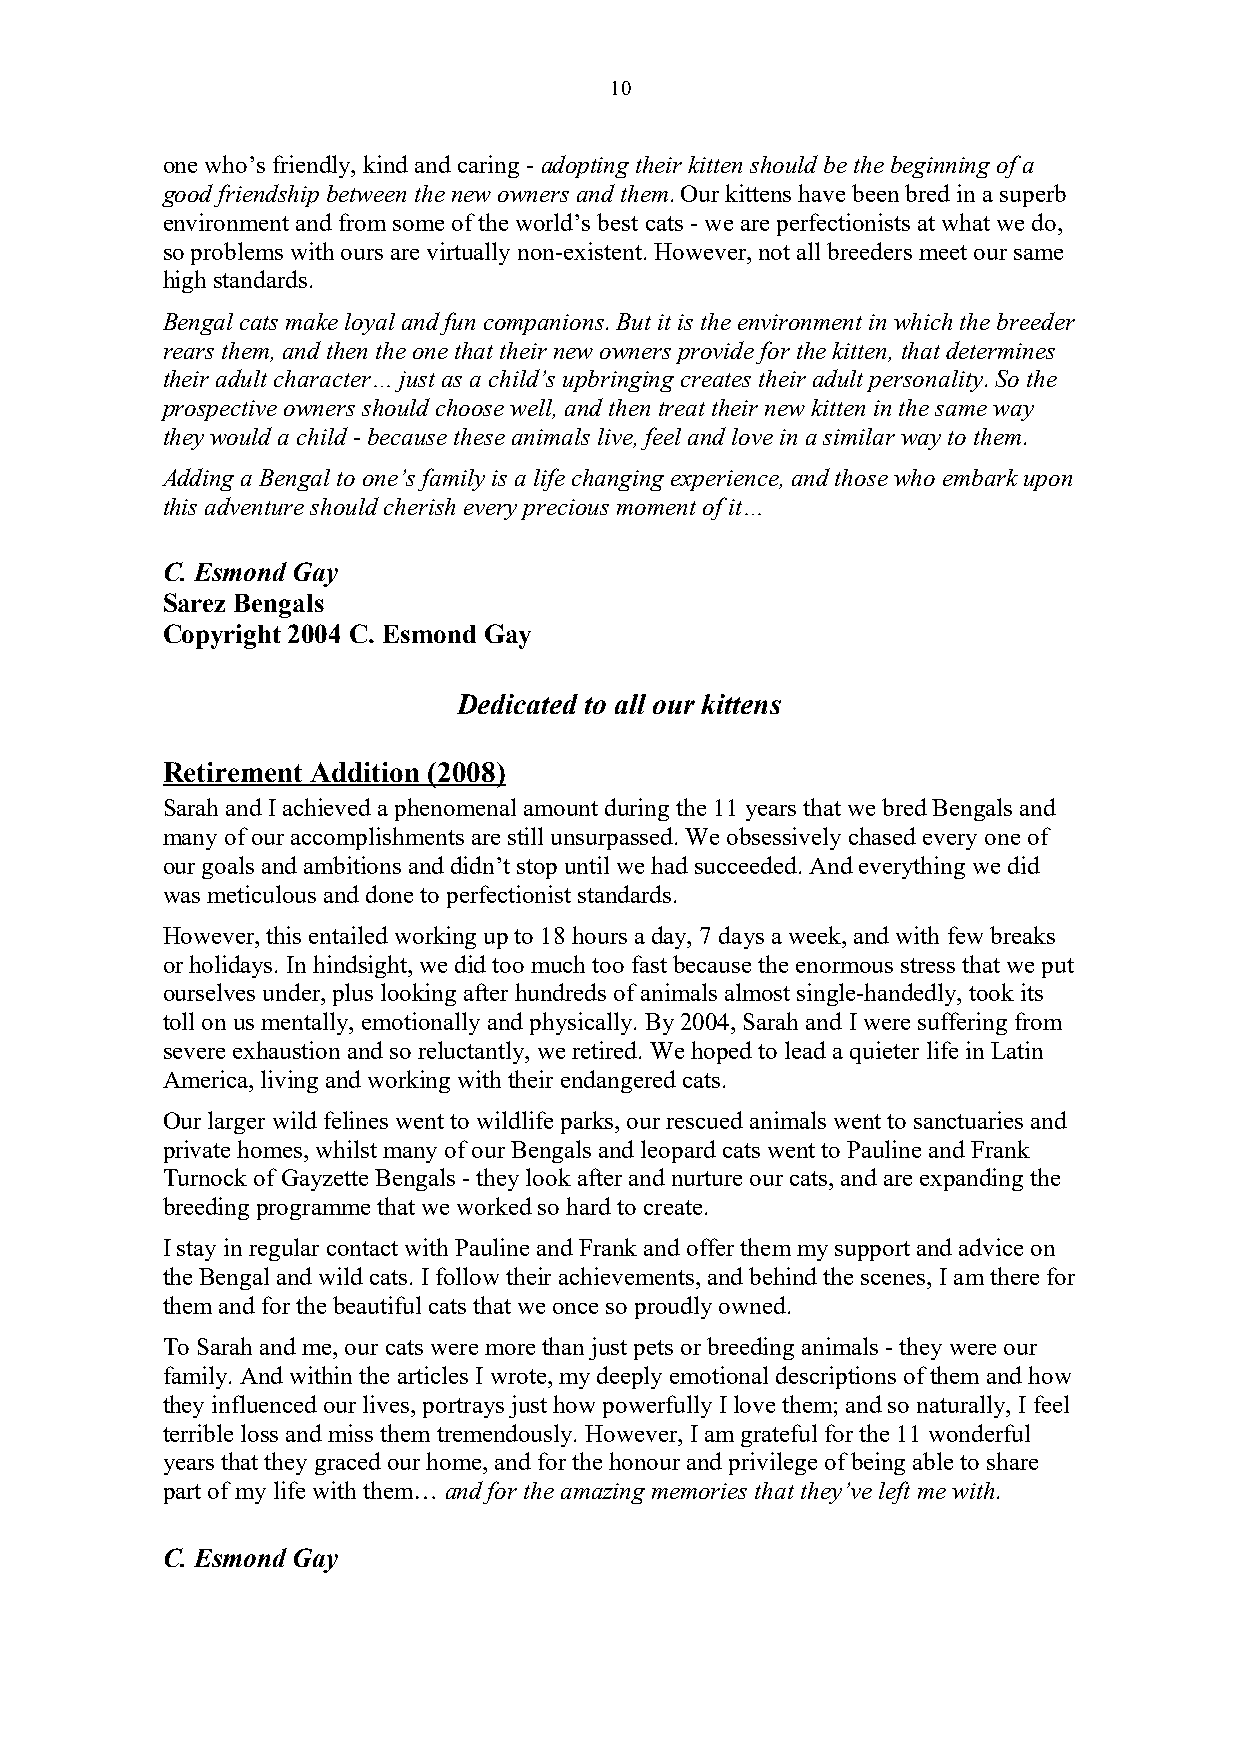
10
 one who’s friendly, kind and caring - adopting their kitten should be the beginning of a
 good friendship between the new owners and them. Our kittens have been bred in a superb
 environment and from some of the world’s best cats - we are perfectionists at what we do,
 so problems with ours are virtually non-existent. However, not all breeders meet our same
 high standards.
 Bengal cats make loyal and fun companions. But it is the environment in which the breeder
 rears them, and then the one that their new owners provide for the kitten, that determines
 their adult character… just as a child’s upbringing creates their adult personality. So the
 prospective owners should choose well, and then treat their new kitten in the same way
 they would a child - because these animals live, feel and love in a similar way to them.
 Adding a Bengal to one’s family is a life changing experience, and those who embark upon
 this adventure should cherish every precious moment of it…
 C. Esmond Gay
 Sarez Bengals
 Copyright 2004 C. Esmond Gay
 Dedicated to all our kittens
 Retirement Addition (2008)
 Sarah and I achieved a phenomenal amount during the 11 years that we bred Bengals and
 many of our accomplishments are still unsurpassed. We obsessively chased every one of
 our goals and ambitions and didn’t stop until we had succeeded. And everything we did
 was meticulous and done to perfectionist standards.
 However, this entailed working up to 18 hours a day, 7 days a week, and with few breaks
 or holidays. In hindsight, we did too much too fast because the enormous stress that we put
 ourselves under, plus looking after hundreds of animals almost single-handedly, took its
 toll on us mentally, emotionally and physically. By 2004, Sarah and I were suffering from
 severe exhaustion and so reluctantly, we retired. We hoped to lead a quieter life in Latin
 America, living and working with their endangered cats.
 Our larger wild felines went to wildlife parks, our rescued animals went to sanctuaries and
 private homes, whilst many of our Bengals and leopard cats went to Pauline and Frank
 Turnock of Gayzette Bengals - they look after and nurture our cats, and are expanding the
 breeding programme that we worked so hard to create.
 I stay in regular contact with Pauline and Frank and offer them my support and advice on
 the Bengal and wild cats. I follow their achievements, and behind the scenes, I am there for
 them and for the beautiful cats that we once so proudly owned.
 To Sarah and me, our cats were more than just pets or breeding animals - they were our
 family. And within the articles I wrote, my deeply emotional descriptions of them and how
 they influenced our lives, portrays just how powerfully I love them; and so naturally, I feel
 terrible loss and miss them tremendously. However, I am grateful for the 11 wonderful
 years that they graced our home, and for the honour and privilege of being able to share
 part of my life with them… and for the amazing memories that they’ve left me with.
 C. Esmond Gay